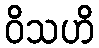
ဝိသဟိ